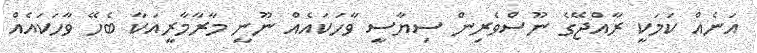
އަނެއް ކަމަކީ ރާއްޖޭގެ ނޫސްވެރިން ސިޔާސީ ވާހަކައެއް ނޫނީ މާރާމާރީއަކާ ބެހޭ ވާހަކައެއް